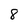
Character: 8